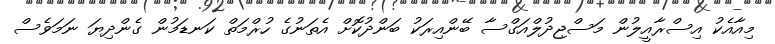
މިއާއެކު އިސްރާއީލުން މަސްޖިދުލްއަގްސާ ބޭންއިރަކު ބަންދުކޮށް އެތަނުގެ ހުރްމަތް ކަނޑަމުން ގެންދިޔަ ނަމަވެސް